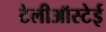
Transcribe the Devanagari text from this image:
टेलीऑस्टेई